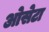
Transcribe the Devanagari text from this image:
ओसेटा